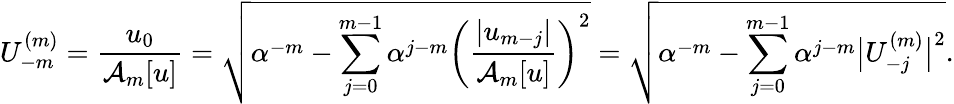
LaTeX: U_{-m}^{(m)}=\frac{u_{0}}{\mathcal{A}_{m}[u]}=\sqrt{\alpha^{-m}-\sum_{j=0}^{m-1}\alpha^{j-m}\left(\frac{|u_{m-j}|}{\mathcal{A}_{m}[u]}\right)^{2}}=\sqrt{\alpha^{-m}-\sum_{j=0}^{m-1}\alpha^{j-m}\big|U_{-j}^{(m)}\big|^{2}}.